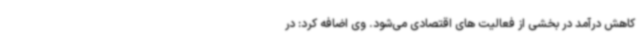
کاهش درآمد در بخشی از فعالیت های اقتصادی می‌شود. وی اضافه کرد: در